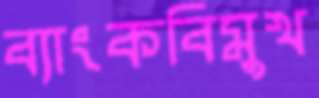
ব্যাংকবিমুখ